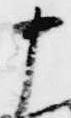
中